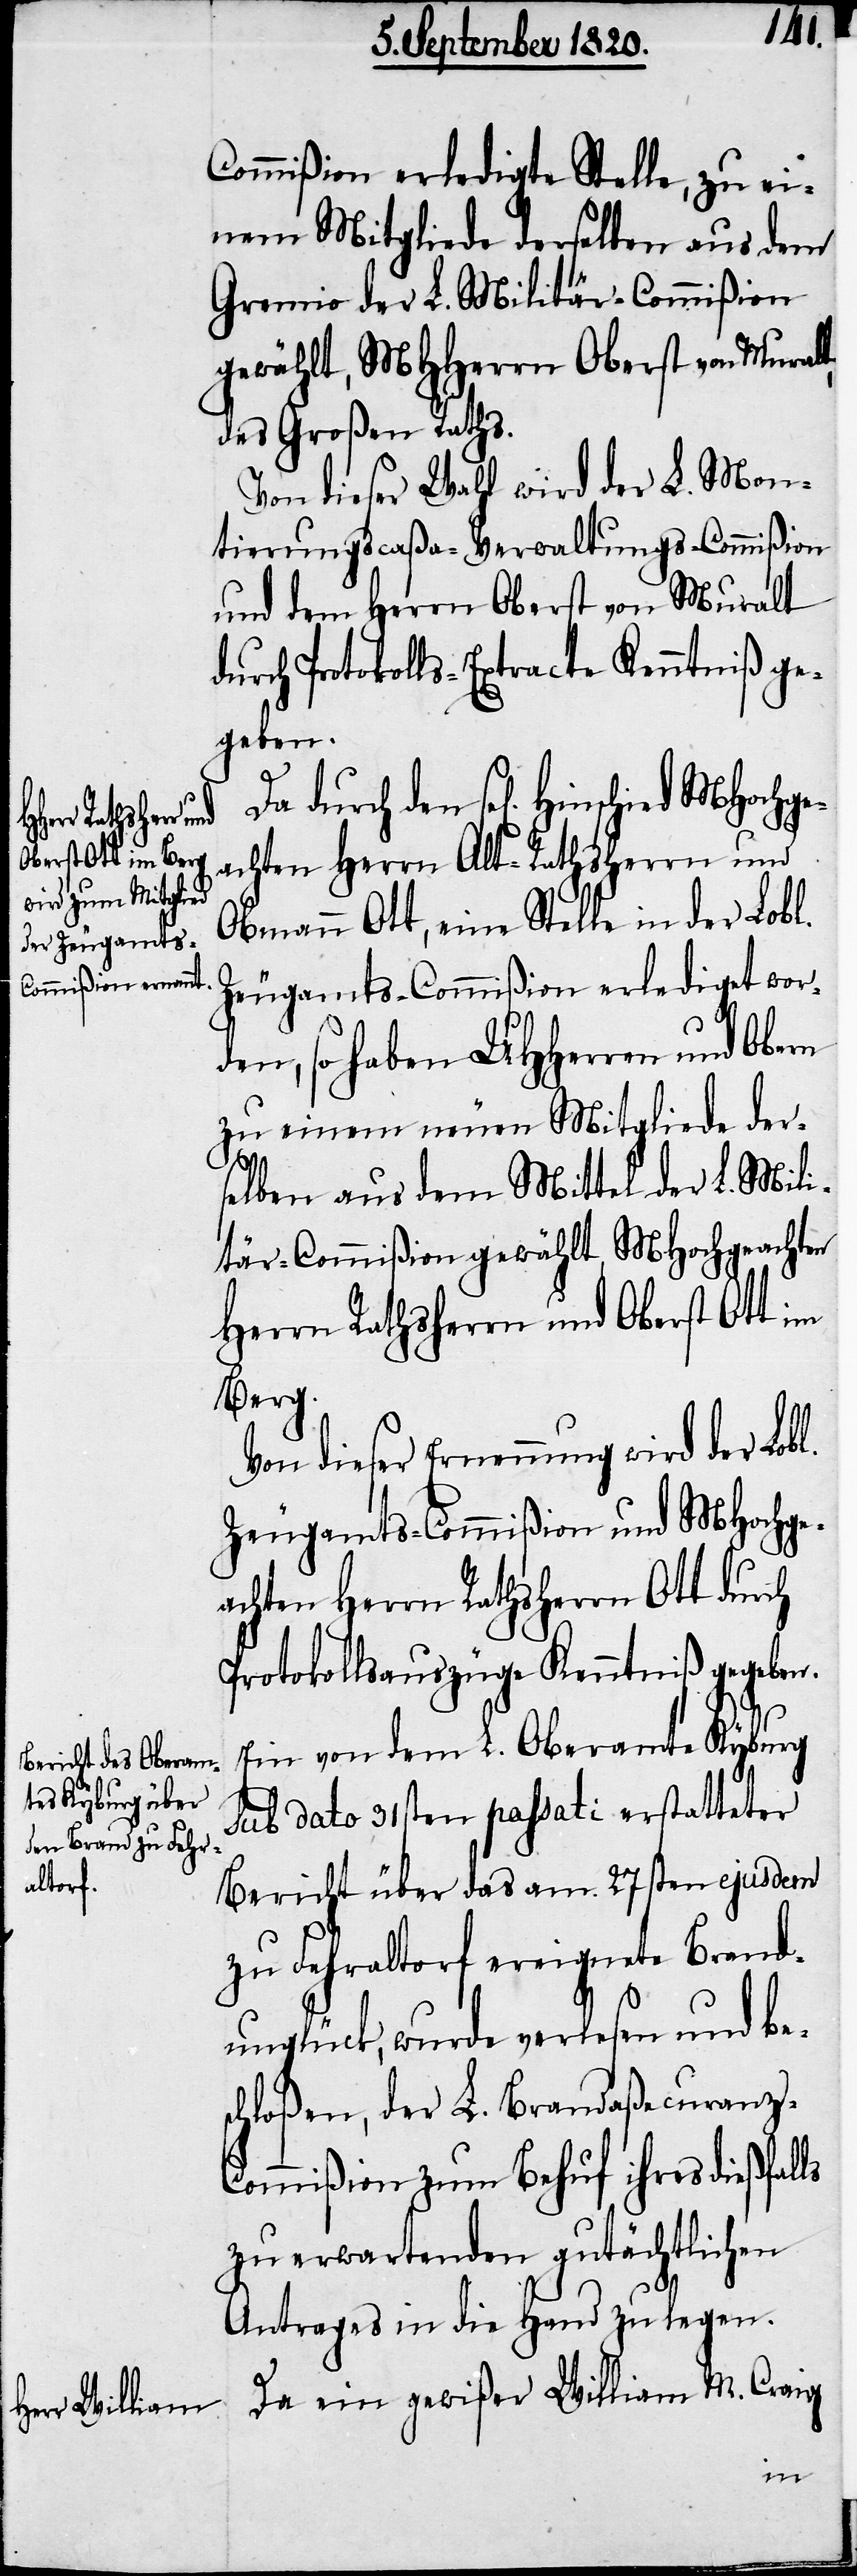
Commißion erledigte Stelle, zu ei¬
nem Mitgliede derselben aus dem
Gremio der L. Militär-Commißion
gewählt, MHherrn Oberst von Muralt,
des Großen Raths.
Von dieser Wahl wird der L. Mon¬
tierungscaßa-Verwaltungs-Commißion
und dem Herrn Oberst von Muralt
durch Protokolls-Extracte Kenntniß ge¬
geben.
den sel[igen]. Hinschied MHochge¬
achten Herrn Alt-Rathsherrn und
Obmann Ott, eine Stelle in der Lobl.
Zeugamts-Commißion erlediget wor¬
den, so haben UHHerren und Obern
zu einem neuen Mitgliede der¬
selben aus dem Mittel der L. Mili¬
tär-Commißion gewählt, MHochgeachten
Herrn Rathsherrn und Oberst Ott im
Berg.
Von dieser Erneuerung wird der Lobl.
Zeugamts-Commißion und MHochge¬
achten Herrn Rathsherrn Ott durch
Protokollsauszüge Kenntniß gegeben.
Ein von dem L. Oberamte Kyburg
sub dato 31sten passati erstatteter
Bericht über das am 27sten ejusdem
zu Fehraltorf ereignete Brand¬
unglück, wurde verlesen und be¬
schloßen, der L. Brandaßecuranz-C¬
ommißion zum Behuf ihres dießfalls
zu erwartenden gutächtlichen
Antrages in die Hand zu legen.
Da ein gewißer William M. Craig